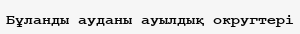
Бұланды ауданы ауылдық округтері